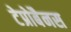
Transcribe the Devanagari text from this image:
टेप्रोबैनस